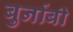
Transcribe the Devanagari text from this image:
बुर्नाबी